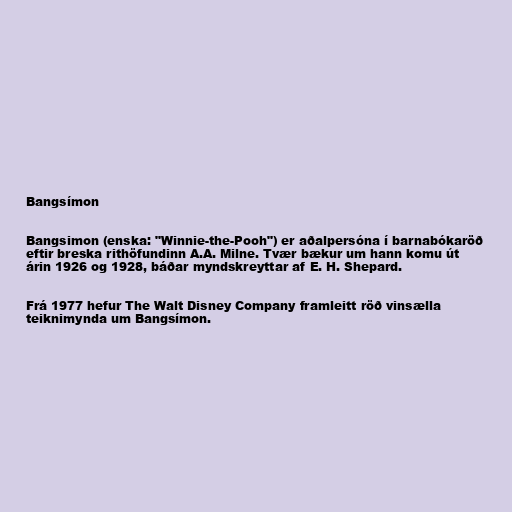
Bangsímon

Bangsimon (enska: "Winnie-the-Pooh") er aðalpersóna í barnabókaröð
eftir breska rithöfundinn A.A. Milne. Tvær bækur um hann komu út
árin 1926 og 1928, báðar myndskreyttar af E. H. Shepard.

Frá 1977 hefur The Walt Disney Company framleitt röð vinsælla
teiknimynda um Bangsímon.